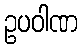
ဥပဝါဏ